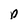
Character: p